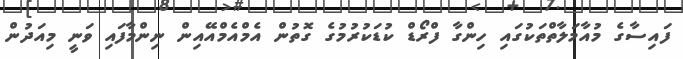
ފައިސާގެ މުއާމަލާތްތަކުގައި ހިންގާ ފްރޯޑް ކުޑަކުރުމުގެ ގޮތުން އެމްއެމްއޭއިން ނިންމާފައި ވަނީ މިއަދުން